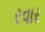
રવાર